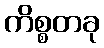
ကိစ္စတခု